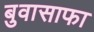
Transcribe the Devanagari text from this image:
बुवासाफा